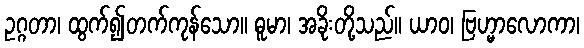
ဥဂ္ဂတာ၊ ထွက်၍တက်ကုန်သော။ ဓူမာ၊ အခိုးတို့သည်။ ယာဝ၊ ဗြဟ္မာလောကာ၊